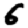
Digit: 6